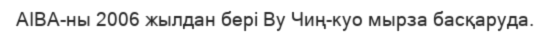
AIBA-ны 2006 жылдан бері Ву Чиң-куо мырза басқаруда.